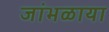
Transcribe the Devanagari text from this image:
जांभळाया